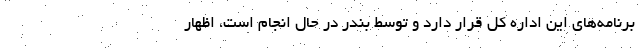
برنامه‌های این اداره کل قرار دارد و توسط بندر در حال انجام است، اظهار